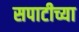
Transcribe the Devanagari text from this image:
सपाटीच्या